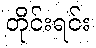
တိုင်းရင်း